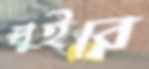
ঘুইরে